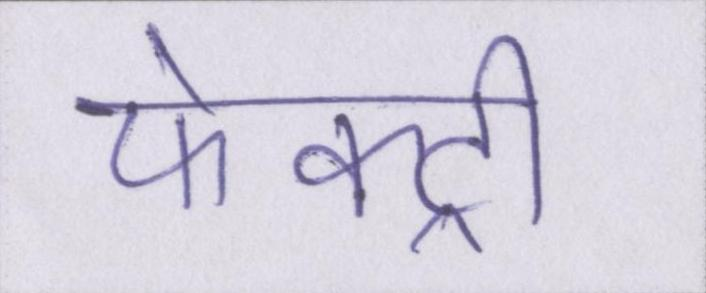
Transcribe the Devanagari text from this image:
फेक्ट्री